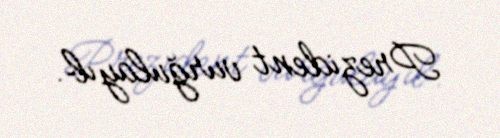
Prezident vurğulayıb.